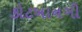
કોટખાનગી